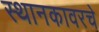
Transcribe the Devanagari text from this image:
स्थानकावरचे